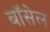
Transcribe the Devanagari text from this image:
बॉसेल